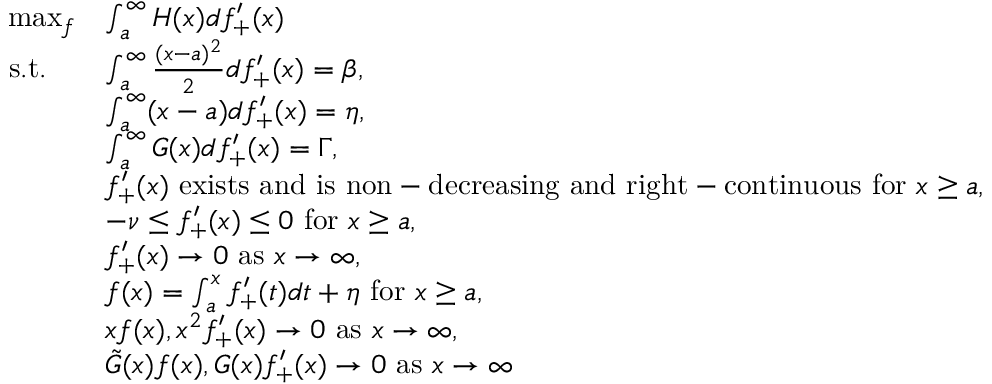
\begin{array} { r l } { \operatorname* { m a x } _ { f } } & { \int _ { a } ^ { \infty } H ( x ) d f _ { + } ^ { \prime } ( x ) } \\ { \mathrm { ~ s . t . ~ } \ \ } & { \int _ { a } ^ { \infty } \frac { ( x - a ) ^ { 2 } } { 2 } d f _ { + } ^ { \prime } ( x ) = \beta , } \\ & { \int _ { a } ^ { \infty } ( x - a ) d f _ { + } ^ { \prime } ( x ) = \eta , } \\ & { \int _ { a } ^ { \infty } G ( x ) d f _ { + } ^ { \prime } ( x ) = \Gamma , } \\ & { f _ { + } ^ { \prime } ( x ) \ \mathrm { e x i s t s ~ a n d ~ i s ~ n o n - d e c r e a s i n g ~ a n d ~ r i g h t - c o n t i n u o u s ~ f o r ~ } x \geq a , } \\ & { - \nu \leq f _ { + } ^ { \prime } ( x ) \leq 0 \ \mathrm { f o r ~ } x \geq a , } \\ & { f _ { + } ^ { \prime } ( x ) \rightarrow 0 \ \mathrm { a s } \ x \rightarrow \infty , } \\ & { f ( x ) = \int _ { a } ^ { x } f _ { + } ^ { \prime } ( t ) d t + \eta \ \mathrm { f o r } \ x \geq a , } \\ & { x f ( x ) , x ^ { 2 } f _ { + } ^ { \prime } ( x ) \rightarrow 0 \ \mathrm { a s } \ x \rightarrow \infty , } \\ & { \tilde { G } ( x ) f ( x ) , G ( x ) f _ { + } ^ { \prime } ( x ) \rightarrow 0 \ \mathrm { a s } \ x \rightarrow \infty } \end{array}